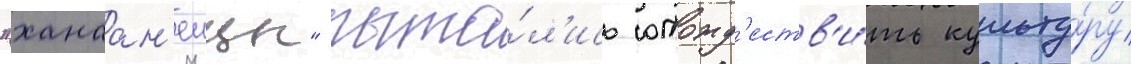
"ханаан'еицы" пыта́л'ись отожд'еств'и́ть культу́ру